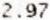
2.97